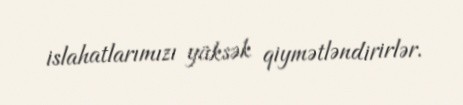
islahatlarımızı yüksək qiymətləndirirlər.